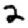
Digit: 2